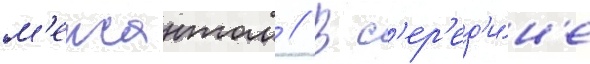
м'ерчантом // В с'ер'ед'и́н'е